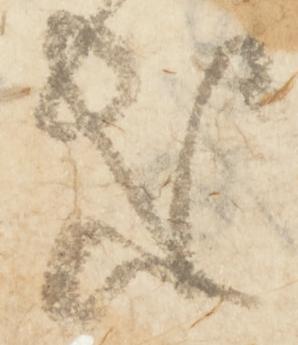
惑